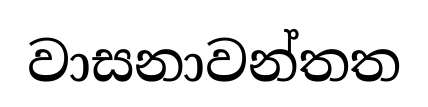
වාසනාවන්තත